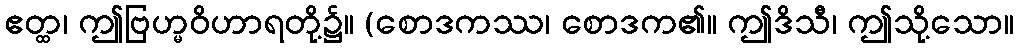
ဧတ္ထ၊ ဤဗြဟ္မဝိဟာရတို့၌။ (စောဒကဿ၊ စောဒက၏။ ဤဒိသီ၊ ဤသို့သော။